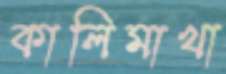
কালিমাখা